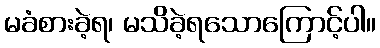
မခံစားခဲ့ရ၊ မသိခဲ့ရသောကြောင့်ပါ။